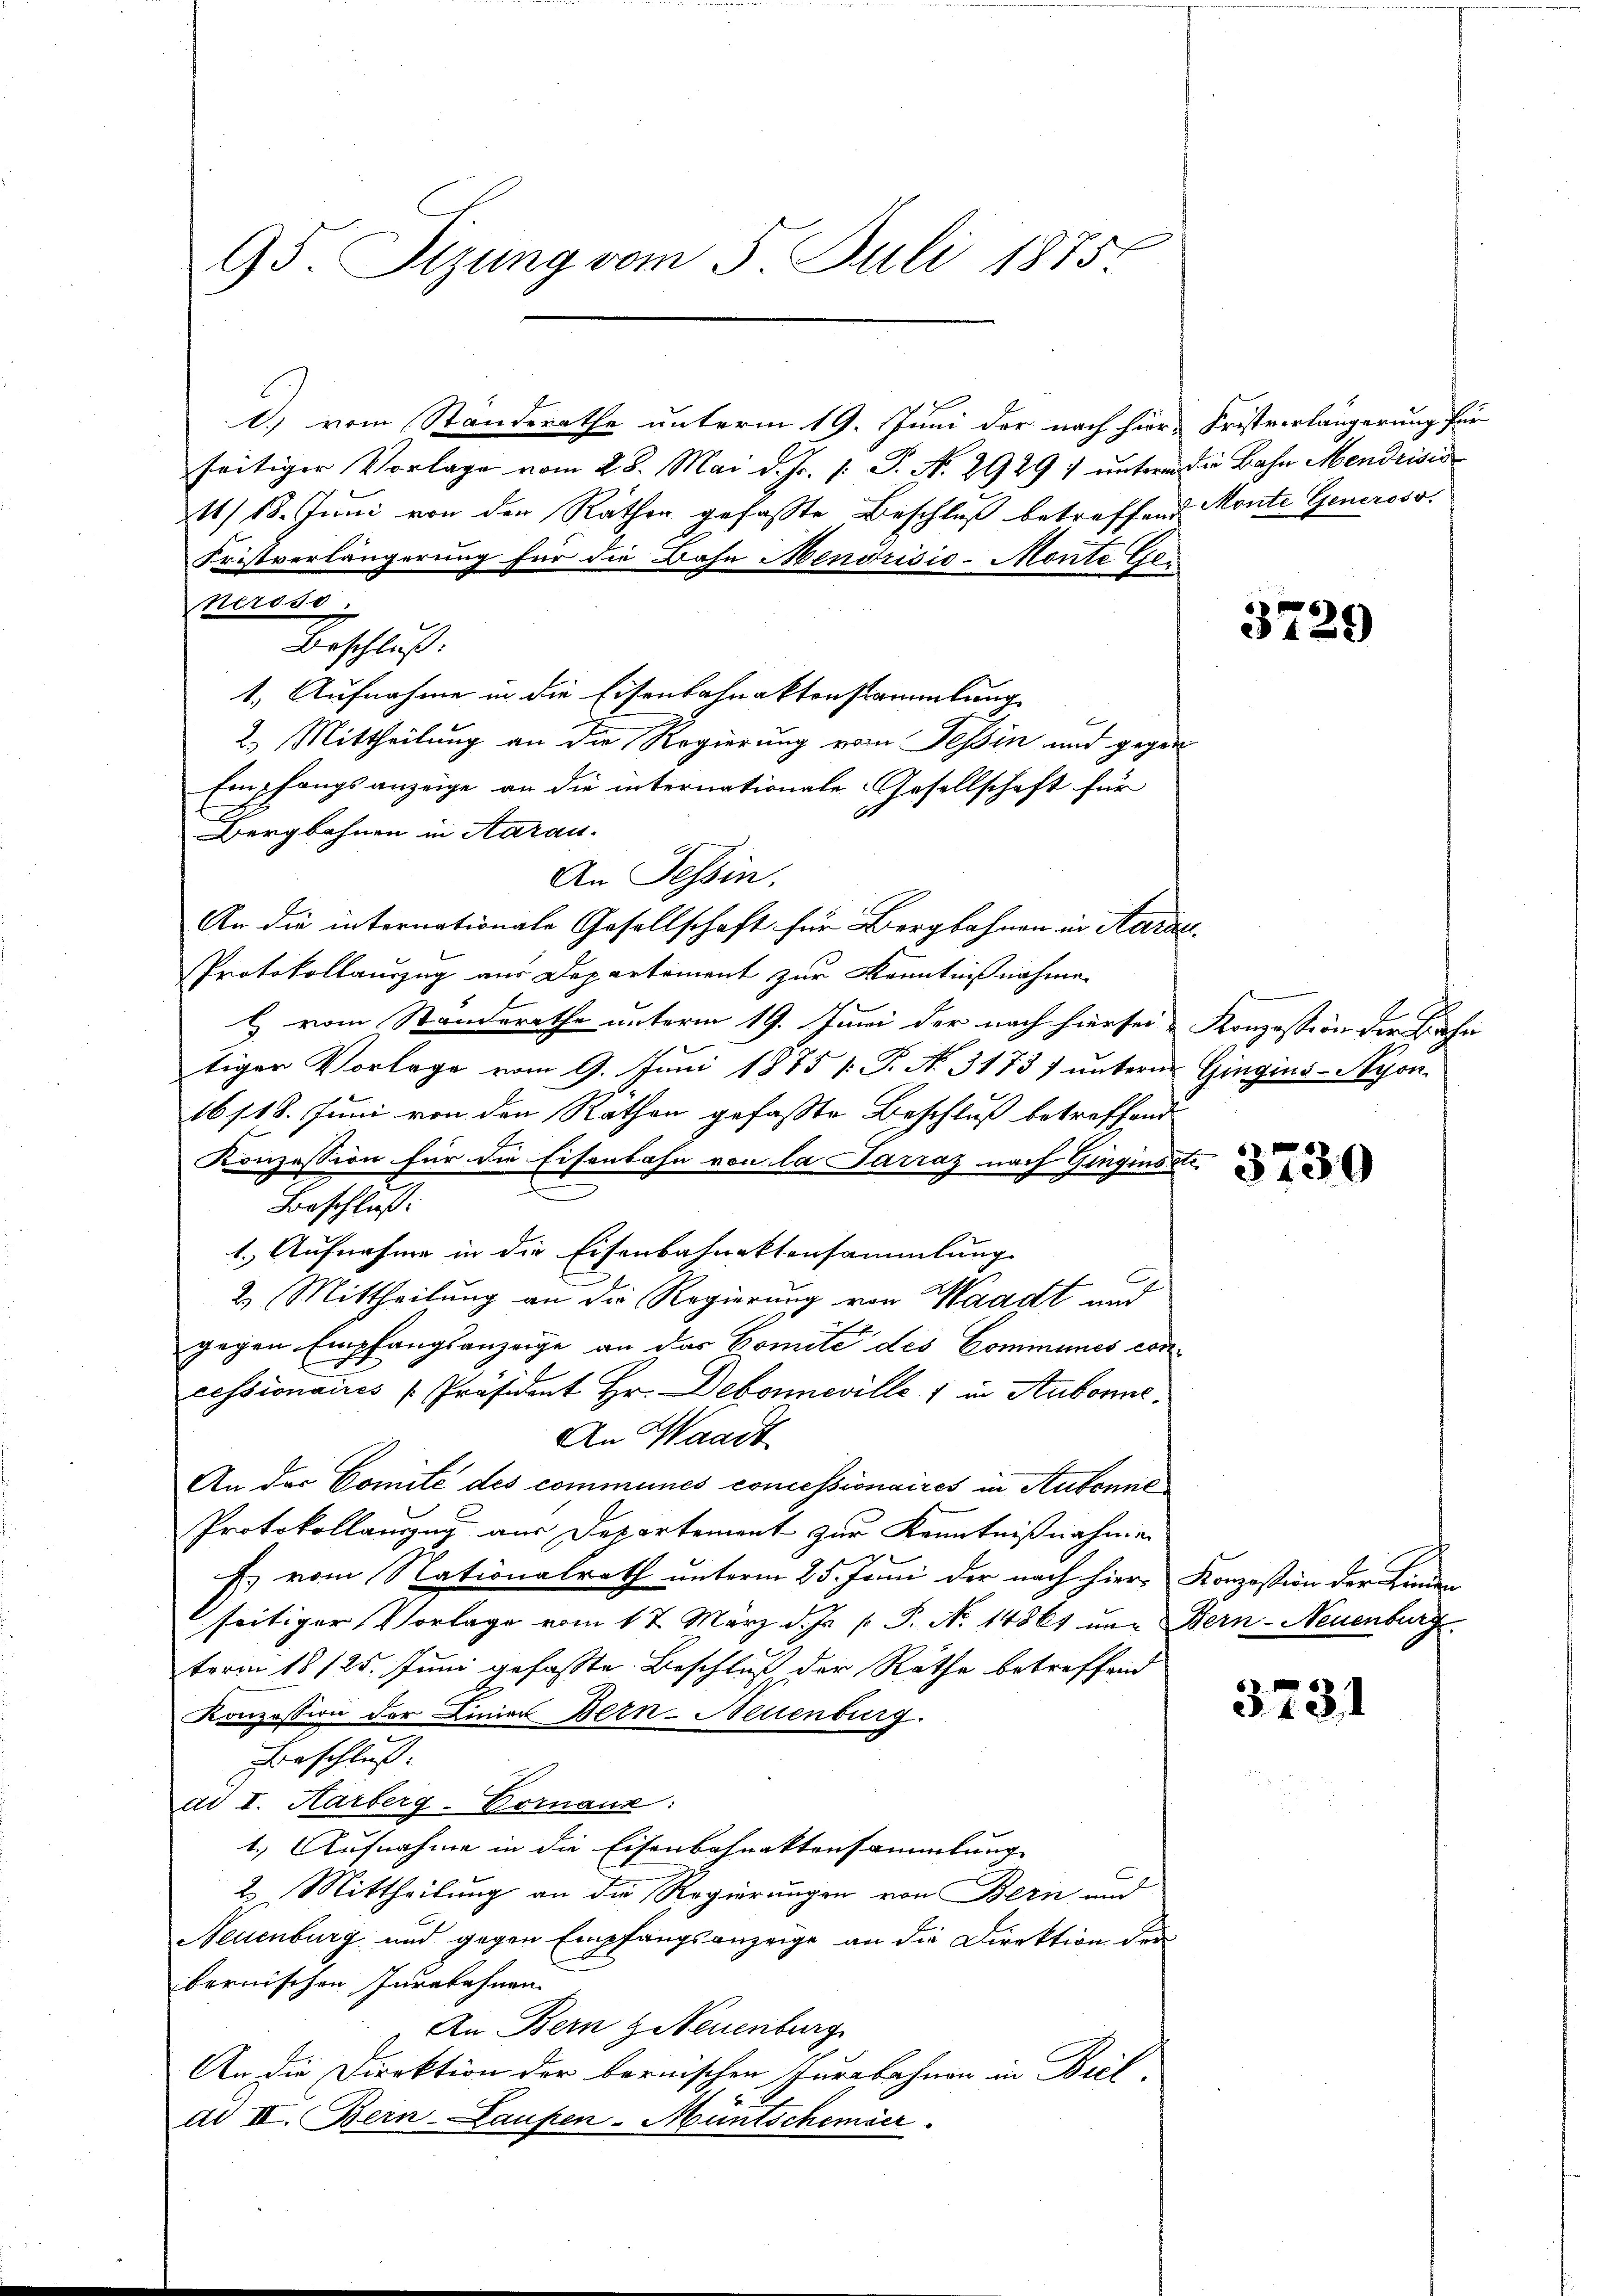
95 Sizung vom 5. Juli 1875

d) vom Standerathe unterm 19. Juni der nach hier, Fristverlängerung für
seitiger Vorlage vom 28. Mai d. Js. v. P. N. 2929) untern die Bahn Mendrisis
11/18. Juni von den Räthen gefasste Beschluß betreffend Monte Generoso.
Fristverlängerung für die Bahn Mendrisis-Monte Generose
Beschluß:
1.) Aufnahme in die Eisenbahnaktenstammlung
2.) Mittheilung an die Regierung vom Tessin und gegen
Empfangsanzeige an die internationale Gesellschaft für
Bergbahnen in Aarau
An Tessin.
An die internationale Gesellschaft für Bergbahnen in Aarau
Protokollauszug aus Departement zur Kenntnißnahme
H. vom Standerathe unterm 19. Juni der nach hiersei. Konzession der Bahn
tiger Vorlage vom 9. Juni 1875 v. P. No. 3173) unterm Gingins-Ayon¬
16118. Juni von den Rathen gefasste Beschluß betreffend
Konzession für die Eisenbahn von la Parraz nach Ginginsste.
Beschluß:
1. Aufnahme in die Eisenbahnaktensammlung
2. Mittheilung an die Regierung von Waadt und
gegen Empfangsanzeige an das Comite des Communes concessionaues [Präsident Hr. Debonneville 1 in Aubonne
An Waadt
An der Comité des communes concessionaires in Aubonne
Protokollauszug aus Departement zur Kenntnißnahme
Es vom Nationalrath unterm 25. Juni der nach hier Konzession der Linden
seitiger Vorlage vom 17. März d. Js. p. P. Nr. 14861 und Bern-Neuenburg
term 18/25. Juni gefasste Beschluß der Räthe betreffend
Konzession der Linier Bern-Neuenburg.
Beschluß.
ad I. Harberg-Vornaux:
1.) Aufnahme in die Eisenbahnaktensammlung
t. Mittheilung an die Regierungen von Bern und
Neuenburg und gegen Empfangsanzeige an die Direktion der
I
bernischen Invabahnen
An Bern & Neuenburg
An die Direktion der bernischen Jurabahnen in Biel,
2
ad II. Bern-Laufen-Muntschemier

3729

3730

3731